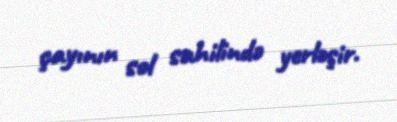
çayının sol sahilində yerləşir.